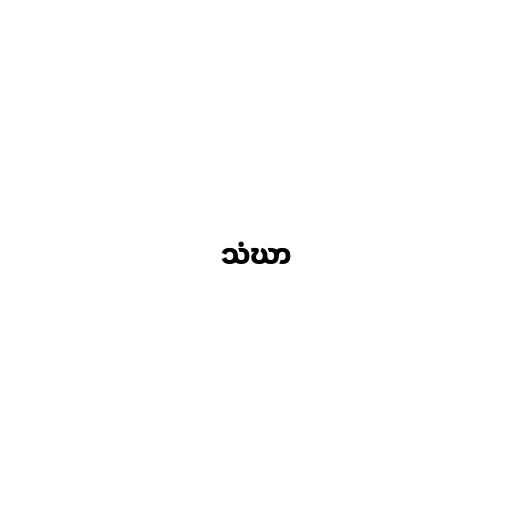
သံဃာ